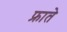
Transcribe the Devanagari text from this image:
फ्राते